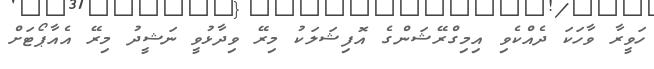
ހަވީރާ ވާހަކަ ދެއްކެވި އިމިގްރޭޝަންގެ އޮފިޝަލަކު މިރޭ ވިދާޅުވީ ނަޝީދު މިރޭ އެއާޕޯޓަށް